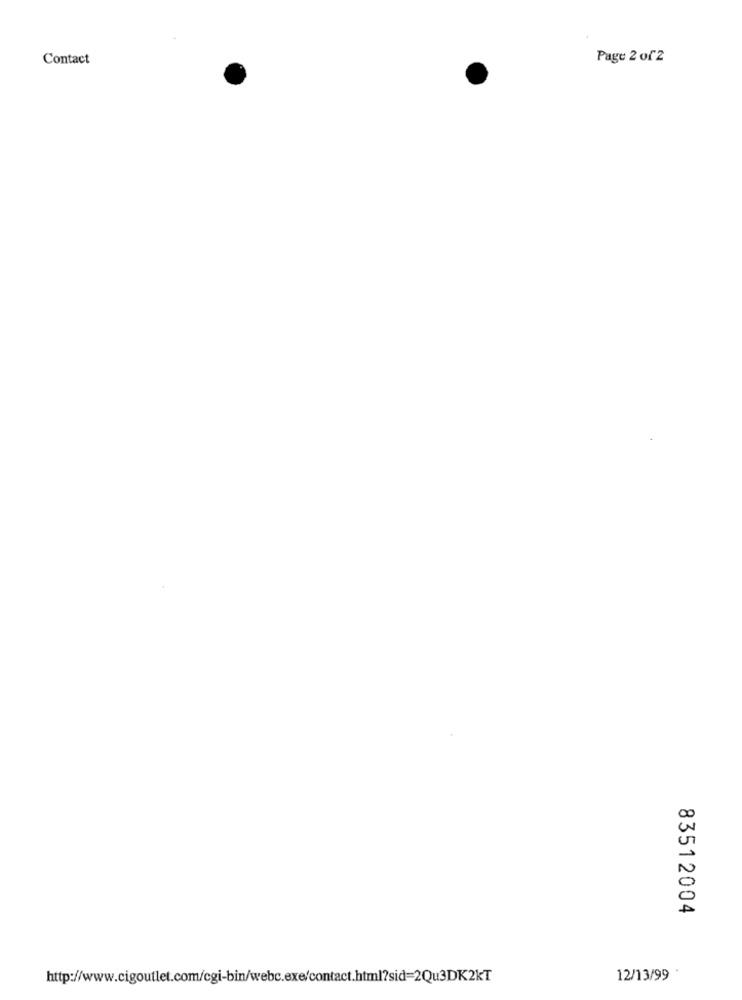
Contact
Page 2 of2
83512004
http://www.cigoutlet.com/cgi-bin/webc.exe/contact.html?sid=2Qu3DK2KT
12/13/99 '